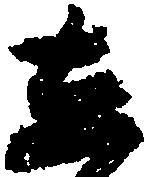
し